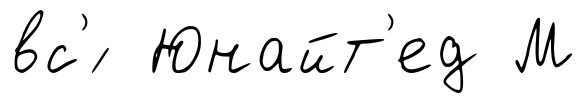
вс'́ Юнайт'ед М